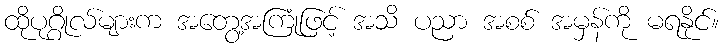
ထိုပုဂ္ဂိုလ်များက အတွေ့အကြုံဖြင့် အသိ ပညာ အစစ် အမှန်ကို မရနိုင်။